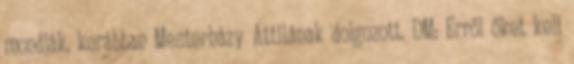
mondják, korábban Mesterházy Attilának dolgozott. DM: Erről őket kell